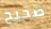
صحيح